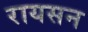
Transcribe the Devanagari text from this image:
रायसन